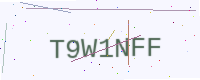
Text: T9W1NFF